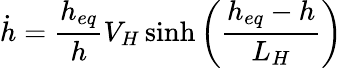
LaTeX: \dot{h}=\frac{h_{eq}}{h}V_{H}\sinh\left(\frac{h_{eq}-h}{L_{H}}\right)